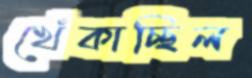
খেঁকাচ্ছিল